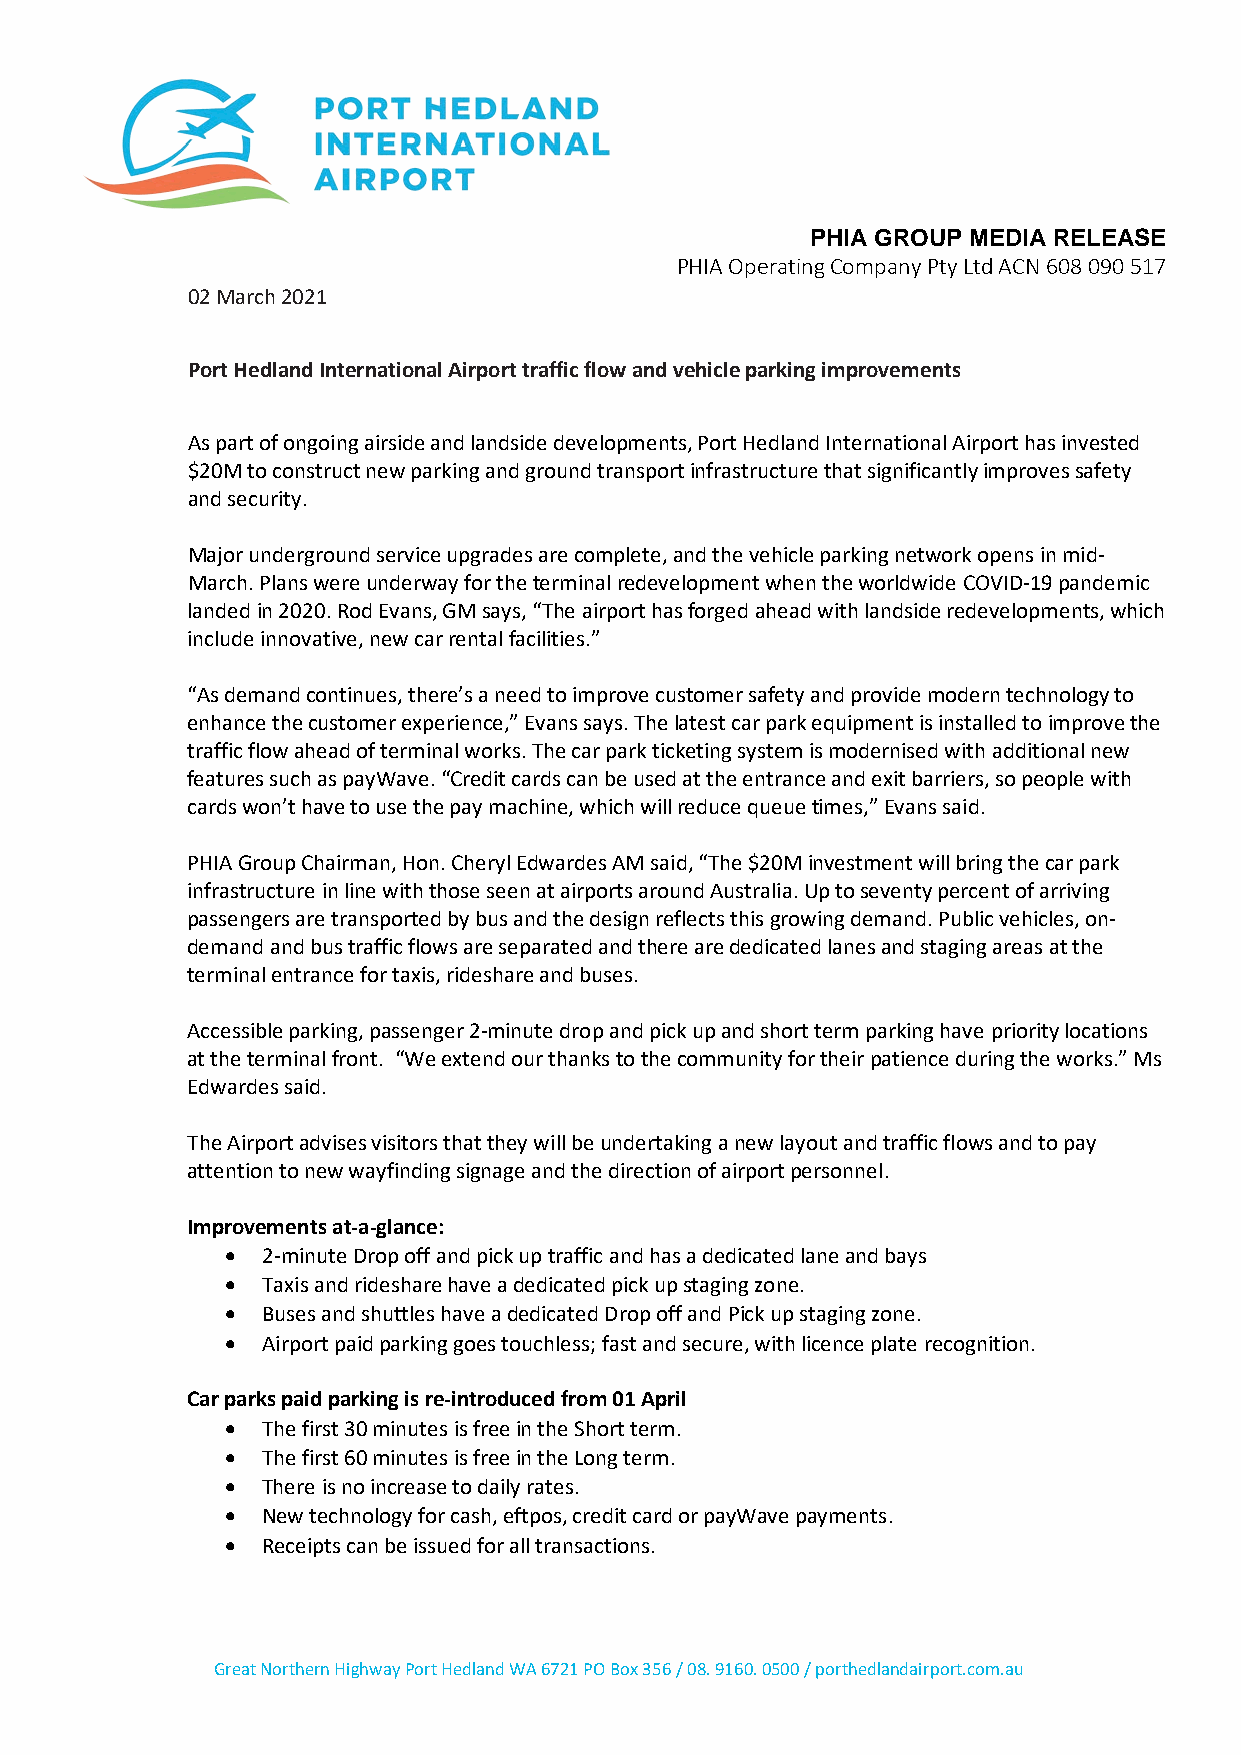
PHIA GROUP MEDIA RELEASE
 PHIA Operating Company Pty Ltd ACN 608 090 517
 02 March 2021
 Port Hedland International Airport traffic flow and vehicle parking improvements
 As part of ongoing airside and landside developments, Port Hedland International Airport has invested
 $20M to construct new parking and ground transport infrastructure that significantly improves safety
 and security.
 Major underground service upgrades are complete, and the vehicle parking network opens in mid-
 March. Plans were underway for the terminal redevelopment when the worldwide COVID-19 pandemic
 landed in 2020. Rod Evans, GM says, “The airport has forged ahead with landside redevelopments, which
 include innovative, new car rental facilities.”
 “As demand continues, there’s a need to improve customer safety and provide modern technology to
 enhance the customer experience,” Evans says. The latest car park equipment is installed to improve the
 traffic flow ahead of terminal works. The car park ticketing system is modernised with additional new
 features such as payWave. “Credit cards can be used at the entrance and exit barriers, so people with
 cards won’t have to use the pay machine, which will reduce queue times,” Evans said.
 PHIA Group Chairman, Hon. Cheryl Edwardes AM said, “The $20M investment will bring the car park
 infrastructure in line with those seen at airports around Australia. Up to seventy percent of arriving
 passengers are transported by bus and the design reflects this growing demand. Public vehicles, on-
 demand and bus traffic flows are separated and there are dedicated lanes and staging areas at the
 terminal entrance for taxis, rideshare and buses.
 Accessible parking, passenger 2-minute drop and pick up and short term parking have priority locations
 at the terminal front. “We extend our thanks to the community for their patience during the works.” Ms
 Edwardes said.
 The Airport advises visitors that they will be undertaking a new layout and traffic flows and to pay
 attention to new wayfinding signage and the direction of airport personnel.
 Improvements at-a-glance:
 • 2-minute Drop off and pick up traffic and has a dedicated lane and bays
 • Taxis and rideshare have a dedicated pick up staging zone.
 • Buses and shuttles have a dedicated Drop off and Pick up staging zone.
 • Airport paid parking goes touchless; fast and secure, with licence plate recognition.
 Car parks paid parking is re-introduced from 01 April
 • The first 30 minutes is free in the Short term.
 • The first 60 minutes is free in the Long term.
 • There is no increase to daily rates.
 • New technology for cash, eftpos, credit card or payWave payments.
 • Receipts can be issued for all transactions.
 Great Northern Highway Port Hedland WA 6721 PO Box 356 / 08. 9160. 0500 / porthedlandairport.com.au